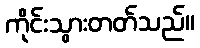
ကိုင်းသွားတတ်သည်။